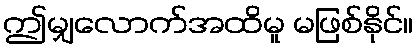
ဤမျှလောက်အထိမူ မဖြစ်နိုင်။